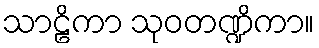
သာဠိကာ သုဝတဏ္ဍိကာ။